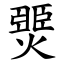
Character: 燛